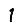
Digit: 1